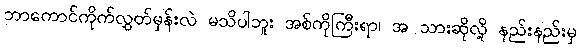
ဘာကောင်ကိုက်လွှတ်မှန်းလဲ မသိပါဘူး အစ်ကိုကြီးရာ၊ အ သားဆိုလို့ နည်းနည်းမှ